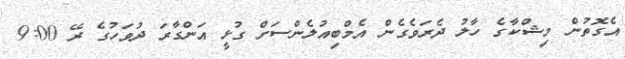
އެގޮތުން މިޝްކާގެ ހާލު ދެރަވެގެން އެމްބިއުލެންސަށް ގުޅީ އަންގާރަ ދުވަހުގެ ރޭ 9:00